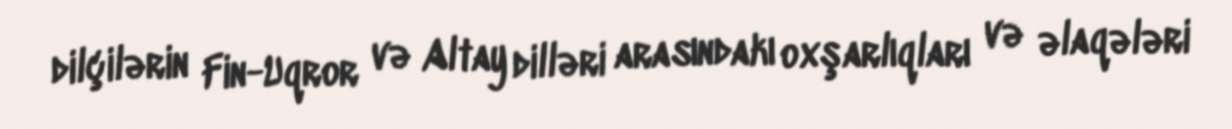
dilçilərin Fin-Uqror və Altay dilləri arasındakı oxşarlıqları və əlaqələri